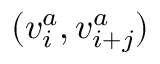
( v _ { i } ^ { a } , v _ { i + j } ^ { a } )